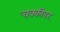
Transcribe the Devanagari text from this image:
चक्कीवर